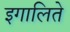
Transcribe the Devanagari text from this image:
इगालिते